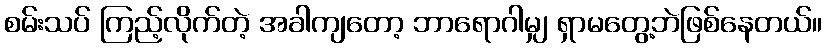
စမ်းသပ် ကြည့်လိုက်တဲ့ အခါကျတော့ ဘာရောဂါမျှ ရှာမတွေ့ဘဲဖြစ်နေတယ်။